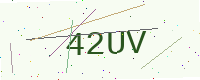
Text: 42UV